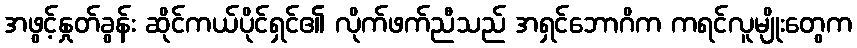
အဖွင့်နှုတ်ခွန်း ဆိုင်ကယ်ပိုင်ရှင်၏ လိုက်ဖက်ညီသည် အရှင်ဘောဂိက ကရင်လူမျိုးတွေက